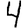
Digit: 4